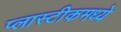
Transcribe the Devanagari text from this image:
प्लास्टीकमध्ये